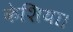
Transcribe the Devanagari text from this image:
केशिया।